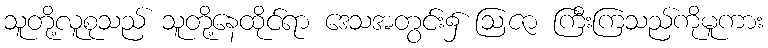
သူတို့လူစုသည် သူတို့နေထိုင်ရာ ဒေသအတွင်း၌ ဩဇာ ကြီးကြသည်ကိုမူကား